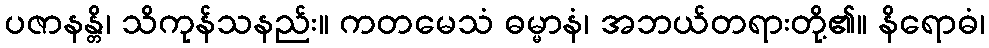
ပဇာနန္တိ၊ သိကုန်သနည်း။ ကတမေသံ ဓမ္မာနံ၊ အဘယ်တရားတို့၏။ နိရောဓံ၊